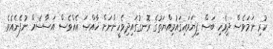
ކުރި ނަމަވެސް ދިވެހި ބަސް ފިޔަވައިޤައުމިއްޔަތުގެ ރޮނގުގައިދިވެހީންނަށް ޚާއްޞަ އެއްވެސް އަސާސެއް ނުފެނެއެވެ.